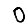
Digit: 0